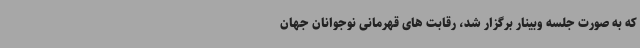
که به صورت جلسه وبینار برگزار شد، رقابت های قهرمانی نوجوانان جهان